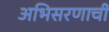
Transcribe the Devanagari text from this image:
अभिसरणाची